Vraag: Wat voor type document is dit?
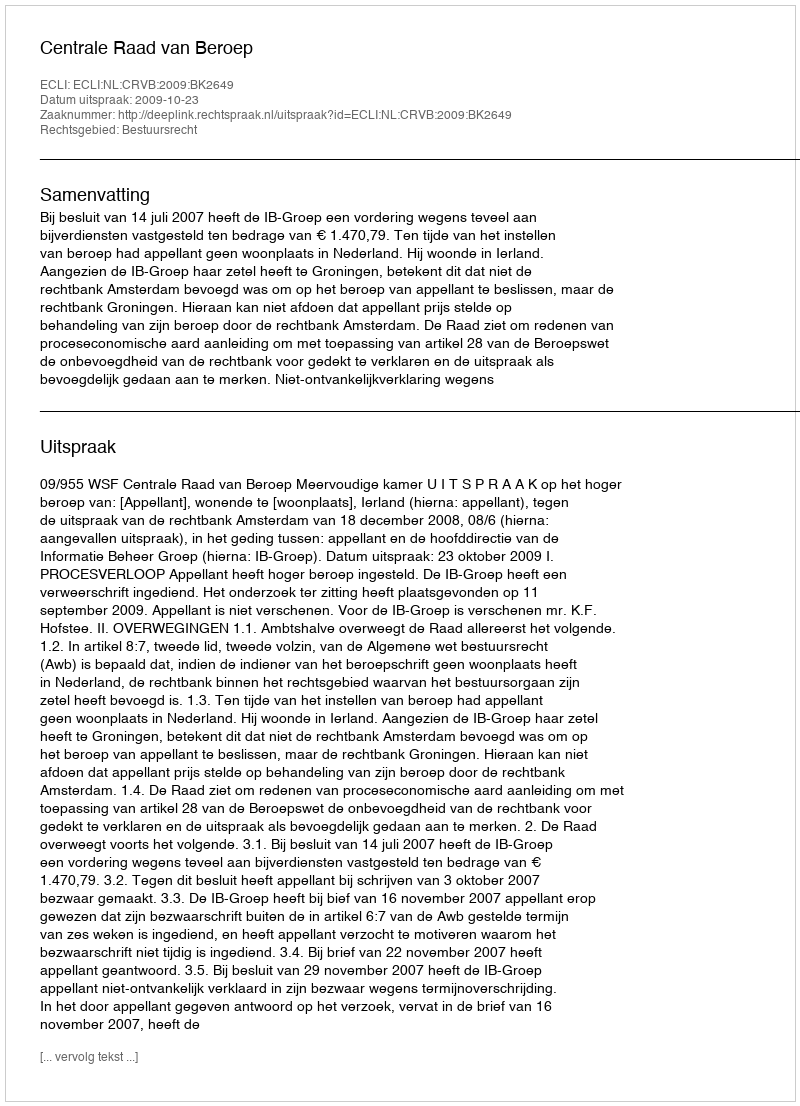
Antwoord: Uitspraak